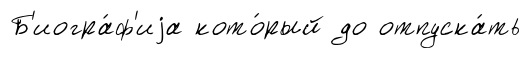
Б'иогра́ф'иjа кото́рый до отпуска́ть